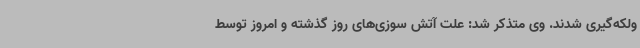
ولکه‌گیری شدند. وی متذکر شد: علت آتش سوزی‌های روز گذشته و امروز توسط